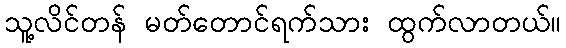
သူ့လိင်တန် မတ်တောင်ရက်သား ထွက်လာတယ်။